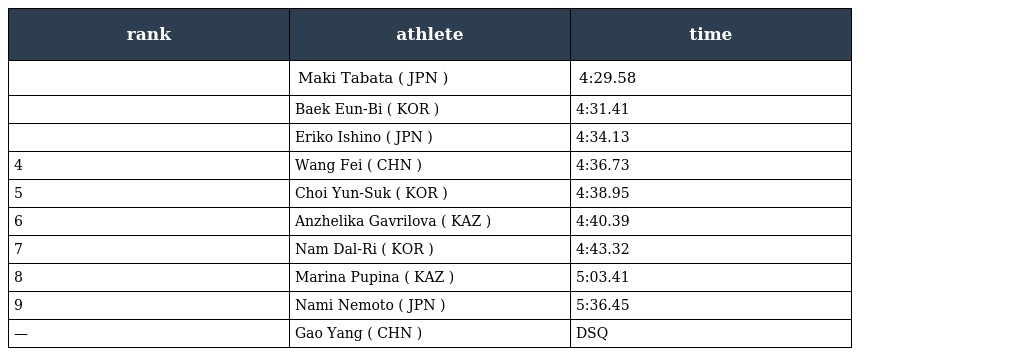
| rank | athlete | time |
 | --- | --- | --- |
 |  | Maki Tabata ( JPN ) | 4:29.58 |
 |  | Baek Eun-Bi ( KOR ) | 4:31.41 |
 |  | Eriko Ishino ( JPN ) | 4:34.13 |
 | 4 | Wang Fei ( CHN ) | 4:36.73 |
 | 5 | Choi Yun-Suk ( KOR ) | 4:38.95 |
 | 6 | Anzhelika Gavrilova ( KAZ ) | 4:40.39 |
 | 7 | Nam Dal-Ri ( KOR ) | 4:43.32 |
 | 8 | Marina Pupina ( KAZ ) | 5:03.41 |
 | 9 | Nami Nemoto ( JPN ) | 5:36.45 |
 | — | Gao Yang ( CHN ) | DSQ |